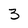
Character: 3